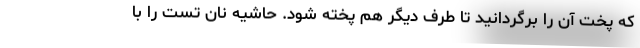
که پخت آن را برگردانید تا طرف دیگر هم پخته شود. حاشیه نان تست را با